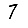
Digit: 7